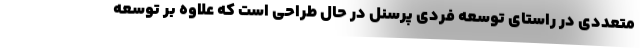
متعددی در راستای توسعه فردی پرسنل در حال طراحی است که علاوه بر توسعه